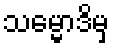
သမ္မောဒိမှ